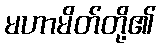
မဟာမိတ်တို့၏